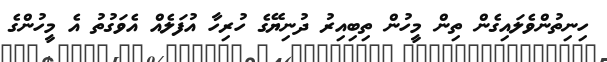
ހިނިތުންވެލައިގެން ތިން މީހުން ތިބިއިރު ދުނިޔޭގެ ހުރިހާ އުފަލެއް އެވަގުތު އެ މީހުންގެ